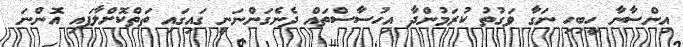
އިންސާނާ ހީބިހި ނަގާ ވަގުތު ކުރަމުންދާ އިހުސާސްތައް ދެނެގަންނަނީ ގައިގައި ތަތްކޮށްލާފައި އޮންނަ